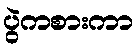
ပွဲကစားကာ